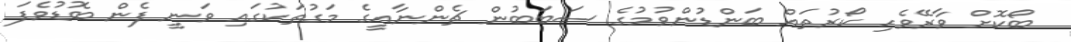
ބޯކޮށް ވާރޭވެހި ކޯރުތައް ބަންޑުންވުމުގެ ސަބަބުން ޗެންނާއީގެ މަގުތަކުގައި ވަނީ ފެން ބޮޑުވެފަ